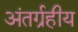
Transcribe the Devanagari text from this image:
अंतर्ग्रहीय